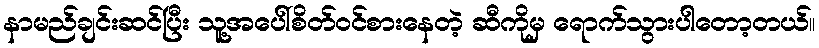
နာမည်ချင်းဆင်ပြီး သူ့အပေါ်စိတ်ဝင်စားနေတဲ့ ဆီကိုမှ ရောက်သွားပါတော့တယ်။